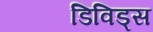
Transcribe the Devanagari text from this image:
डिविड्स